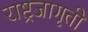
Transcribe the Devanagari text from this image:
राष्ट्रजागृती